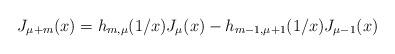
LaTeX: \begin{align*}J_{\mu+m}(x)=h_{m,\mu}(1/x)J_{\mu}(x)-h_{m-1,\mu+1}(1/x)J_{\mu-1}(x)\end{align*}